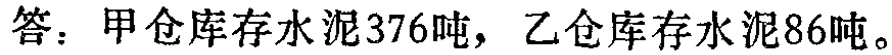
答：甲仓库存水泥376吨，乙仓库存水泥86吨。